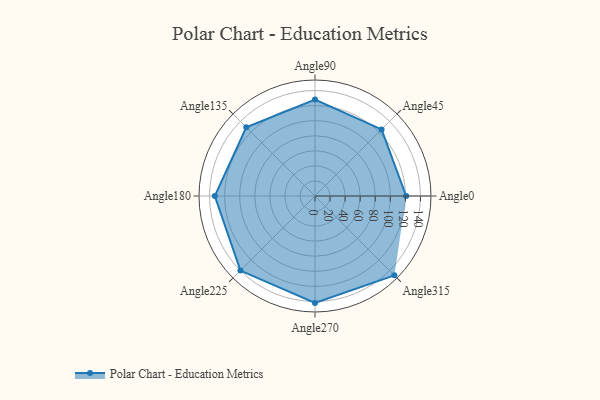
{"axis": {"x": "Angle", "y": "Radius"}, "legend": [""], "data": [{"x": "Angle0", "y": 121.0, "type": ""}, {"x": "Angle45", "y": 125.0, "type": ""}, {"x": "Angle90", "y": 128.0, "type": ""}, {"x": "Angle135", "y": 129.0, "type": ""}, {"x": "Angle180", "y": 133.0, "type": ""}, {"x": "Angle225", "y": 140.0, "type": ""}, {"x": "Angle270", "y": 142.0, "type": ""}, {"x": "Angle315", "y": 149.0, "type": ""}]}